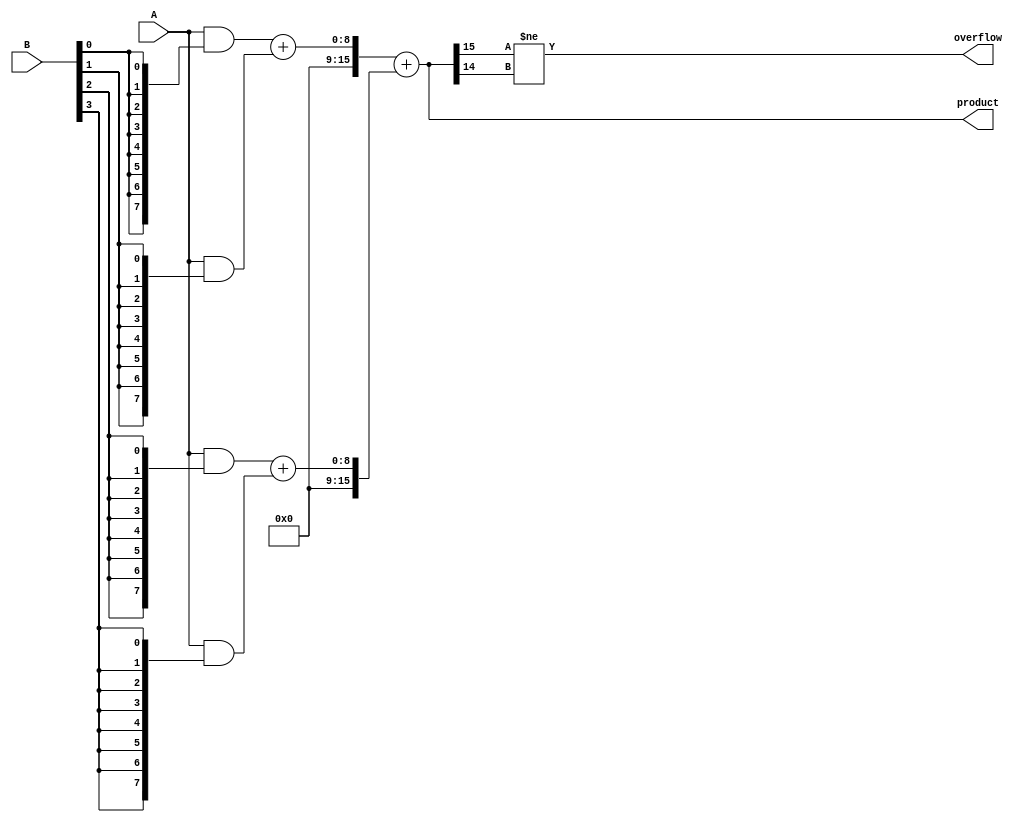
module variable_length_wallace_tree_multiplier #(
    parameter N = 8,  // Bit width of A
    parameter M = 8   // Bit width of B
)(
    input [N-1:0] A,    // Input A
    input [M-1:0] B,    // Input B
    output reg [N+M-1:0] product, // Output product
    output overflow // Overflow flag
);

    // Partial product array
    wire [N-1:0] pp[M-1:0];

    // Generate partial products
    genvar i;
    generate
        for (i = 0; i < M; i = i + 1) begin: pp_gen
            assign pp[i] = A & {N{B[i]}};
        end
    endgenerate

    // A function to reduce partial products using Wallace tree method
    function [N+M-1:0] wallace_tree_reduce(input [N-1:0] pp0, input [N-1:0] pp1);
        reg [N+M:0] sum; // Temporary sum
        reg carry; // Carry flag
        integer k;
        begin
            sum = pp0 + pp1; // Initial sum
            carry = 0;
            for (k = 0; k < N+M; k = k + 1) begin
                if (sum[k] == 1'b1) begin
                    carry = 1;
                end
                if (carry) begin
                    sum[k] <= ~sum[k]; // Handle carry
                end
            end
            wallace_tree_reduce = sum[N+M-1:0]; // Final reduced value
        end
    endfunction

    // Intermediate results
    wire [N+M-1:0] intermediate1;
    wire [N+M-1:0] intermediate2;

    // Wallace tree reduction (Level 1)
    assign intermediate1 = wallace_tree_reduce(pp[0], pp[1]);
    assign intermediate2 = wallace_tree_reduce(pp[2], pp[3]);

    // Final addition
    always @(*) begin
        product = intermediate1 + intermediate2; // Final product
    end

    // Overflow detection
    assign overflow = (product[N+M-1] != product[N+M-2]);

endmodule